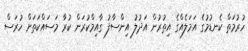
ހުރުމަތް ކެނޑުމުގެ އަމަލެއްގެ އިތުރުން އަދުލު އިންސާފު ގާއިމްކުރަން ކުރާ މަސައްކަތަށް ހުރަސް